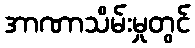
အာဏာသိမ်းမှုတွင်